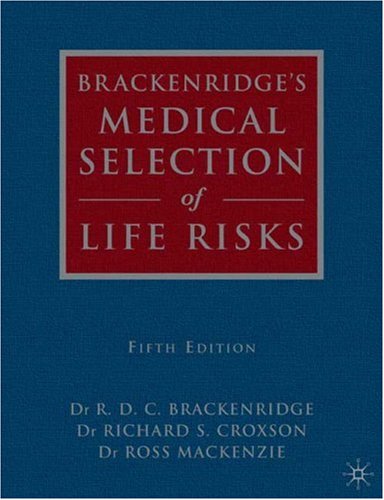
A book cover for Brackenridge's Medical Selection of Life Risks: Fifth Edition; Business & Money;